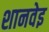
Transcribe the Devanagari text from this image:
शानवेइ